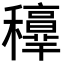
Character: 𥤁